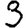
Digit: 3